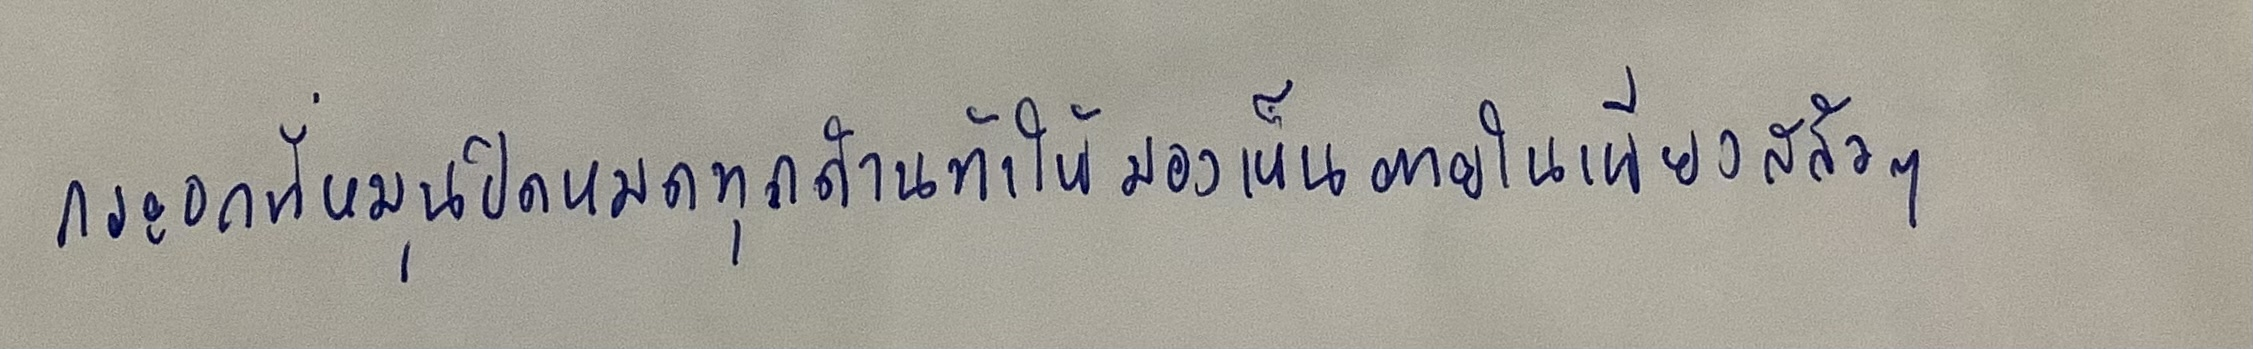
กระจกที่หมุนปิดหมดทุกด้านทำให้มองเห็นภายในเพียงสลัวๆ